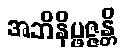
အဘိနိပ္ဖဇ္ဇန္တိ